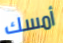
أمسك